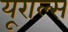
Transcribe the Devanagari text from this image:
यूराल्स